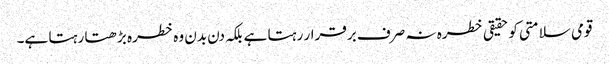
قومی سلامتی کو حقیقی خطرہ نہ صرف برقرار رہتا ہے بلکہ دن بدن وہ خطرہ بڑھتا رہتا ہے۔